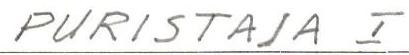
PURISTAJA